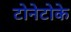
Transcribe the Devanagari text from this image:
टोनेटोके